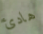
هادئ